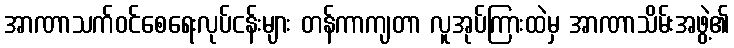
အာဏာသက်ဝင်စေရေးလုပ်ငန်းများ တန်ကာကျတာ လူအုပ်ကြားထဲမှ အာဏာသိမ်းအဖွဲ့၏